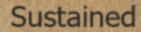
Sustained